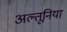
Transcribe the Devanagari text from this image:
अल्तूनिया